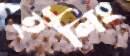
ইলিং